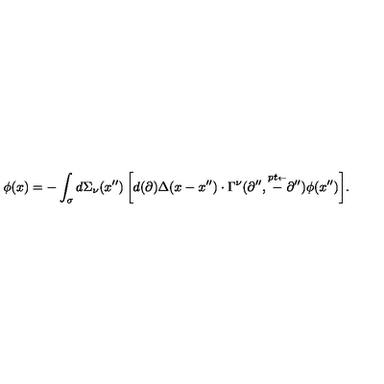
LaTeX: \phi ( x ) = - \int _ { \sigma } { d \Sigma _ { \nu } ( x ^ { \prime \prime } ) \left[ { d ( \partial ) \Delta ( x - x ^ { \prime \prime } ) \cdot \Gamma ^ { \nu } ( \partial ^ { \prime \prime } , \mathord { \frac { \buildrel { \lower 3 p t \mathrm { \scriptscriptstyle \leftarrow } } } { - \partial ^ { \prime \prime } } } ) \phi ( x ^ { \prime \prime } ) } \right] } .